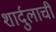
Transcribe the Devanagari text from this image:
शार्दुलाची